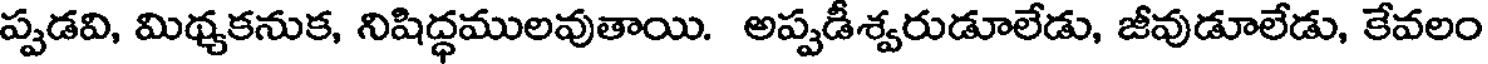
ప్పడవి, మిథ్యకనుక, నిషిద్ధములవుతాయి. అప్పడీశ్వరుడూలేడు, జీవుడూలేడు, కేవలం